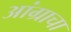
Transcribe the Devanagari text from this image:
आंग्राचा